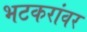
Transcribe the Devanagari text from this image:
भटकरांवर